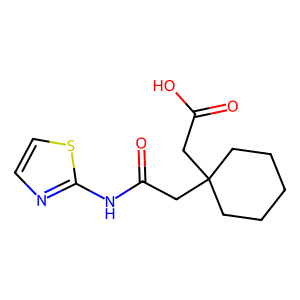
SMILES: O=C(O)CC1(CC(=O)Nc2nccs2)CCCCC1
Inhibits HIV replication: No